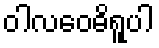
ဝါလဝေဓိရူပါ